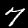
Label: 7